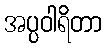
အပ္ပဝါရိတာ